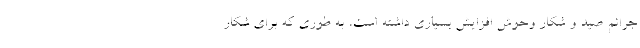
جرائم صید و شکار وحوش افزایش بسیاری داشته است، به طوری که برای شکار